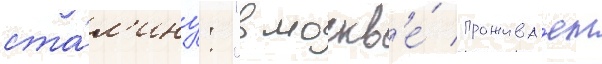
ста́л'ину: "в москв'е́ прожива́ет